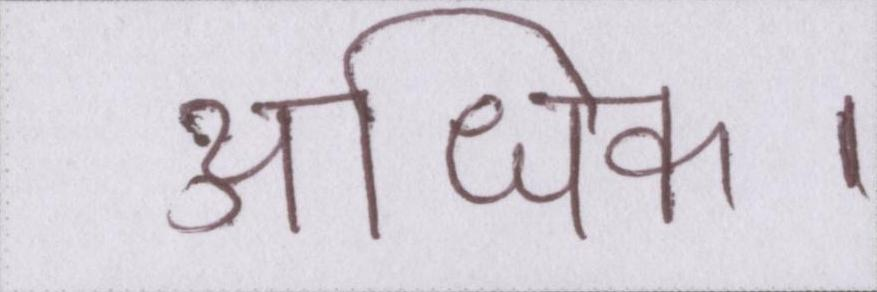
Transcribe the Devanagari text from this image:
अधिक।